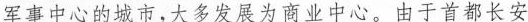
军事中心的城市，大多发展为商业中心。由于首都长安